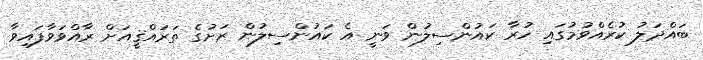
ބައްދަލު ކުރެއްވުމުގައި ހުރާ ކައުންސިލުން ވަނީ އެ ކައުންސިލުން ރަށުގެ ތަރައްޤީއަށް ރާއްވަވާފައިވާ